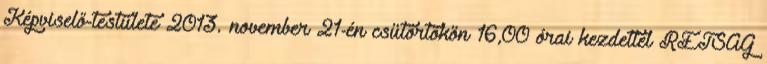
Képviselő-testülete 2013. november 21-én csütörtökön 16,00 órai kezdettel RÉTSÁG